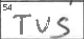
Transcription: TUS